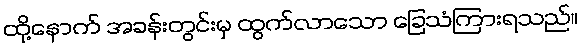
ထို့နောက် အခန်းတွင်းမှ ထွက်လာသော ခြေသံကြားရသည်။